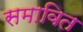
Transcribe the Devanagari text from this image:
समावित